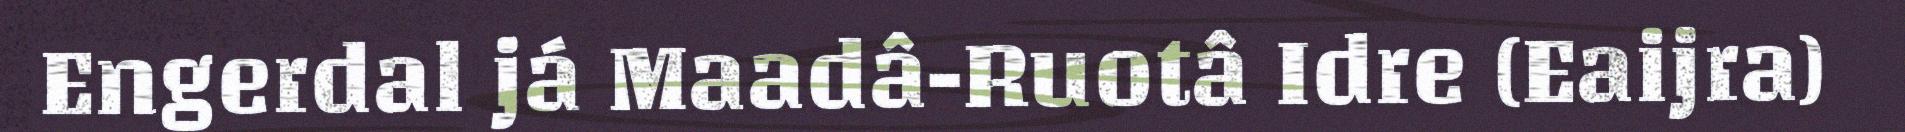
Engerdal já Maadâ-Ruotâ Idre (Eaijra)